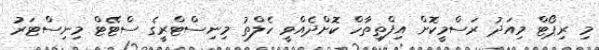
މި ރިޕޯޓް މިއަދު ރަސްމީކޮށް އިފްތިތާހް ކޮށްދެއްވީ ހެލްތު މިނިސްޓްރީގެ ސްޓޭޓް މިނިސްޓަރު